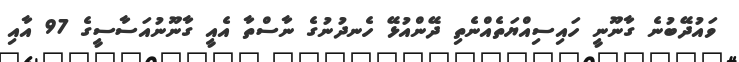
ވައުދޭބުނެ ގާނޫނީ ހައިސިއްޔަތެއްނެތި ދޭންއުޅޭ ހެނދުނުގެ ނާސްތާ އެއީ ގާނޫނުއަސާސީގެ 97 އާއި